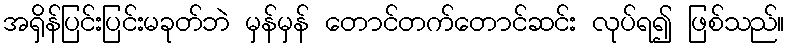
အရှိန်ပြင်းပြင်းမခုတ်ဘဲ မှန်မှန် တောင်တက်တောင်ဆင်း လုပ်ရ၍ ဖြစ်သည်။